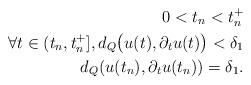
LaTeX: \begin{align*} 0<t_n<t_n^+\\\forall t\in (t_n,t_n^+], d_Q\big(u(t),\partial_tu(t)\big)<\delta_1\\d_Q(u(t_n),\partial_tu(t_n))=\delta_1.\end{align*}